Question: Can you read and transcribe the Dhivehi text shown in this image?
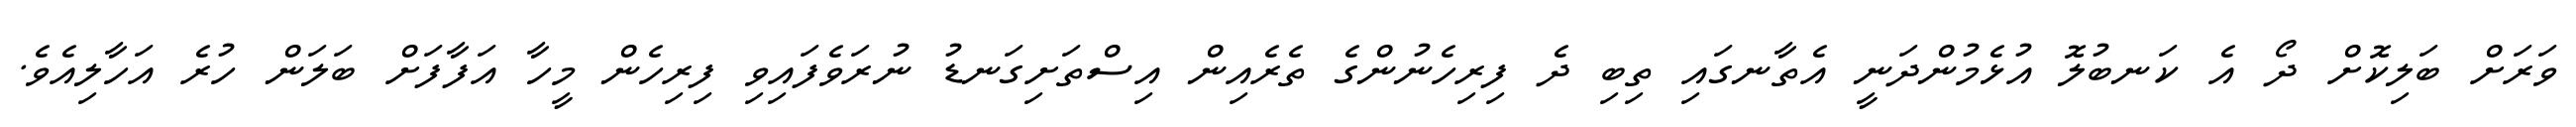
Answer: ވަރަށް ބަލިކޮށް ދޯ އެ ކަނބުލޮ އުޅެމުންދަނީ އެތާނގައި ތިބި ދެ ފިރިހެނުންގެ ތެރެއިން އިސްތަށިގަނޑު ނުރަވެފައިވި ފިރިހެން މީހާ އަފާފަށް ބަލަން ހުރެ އަހާލިއެވެ.